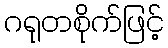
ဂရုတစိုက်ဖြင့်